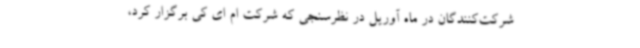
شرکت‌کنندگان در ماه آوریل در نظرسنجی که شرکت ام ای کی برگزار کرد،